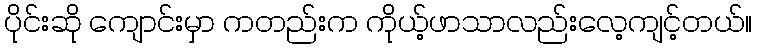
ပိုင်းဆို ကျောင်းမှာ ကတည်းက ကိုယ့်ဖာသာလည်းလေ့ကျင့်တယ်။